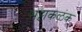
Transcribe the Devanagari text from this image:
भट्टाकळंक